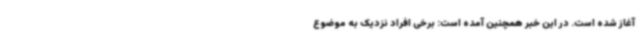
آغاز شده است. در این خبر همچنین آمده است: برخی افراد نزدیک به موضوع